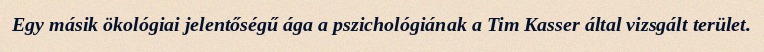
Egy másik ökológiai jelentőségű ága a pszichológiának a Tim Kasser által vizsgált terület.